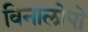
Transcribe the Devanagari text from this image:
विनालोपो